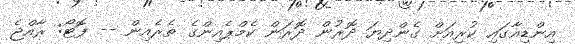
އިންޑިއާގައި ކުރިއަށް ގެންދިޔަ ދޮރުން ދޮރަން ކެމްޕެއިންގެ ތެރެއިން -- ފޮޓޯ: ރާއްޖެ